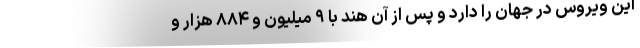
این ویروس در جهان را دارد و پس از آن هند با ۹ میلیون و ۸۸۴ هزار و